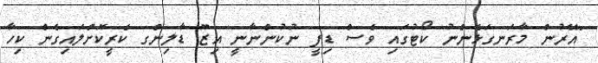
"އޭރުން މާރަނގަޅެންނު ކޯޓުގައި ވެސް ޑިފީ ނުކުންނާނީ އިޒޫ ޑާލިންގ ކެރީކޮށްލައިގެން ކިހާ